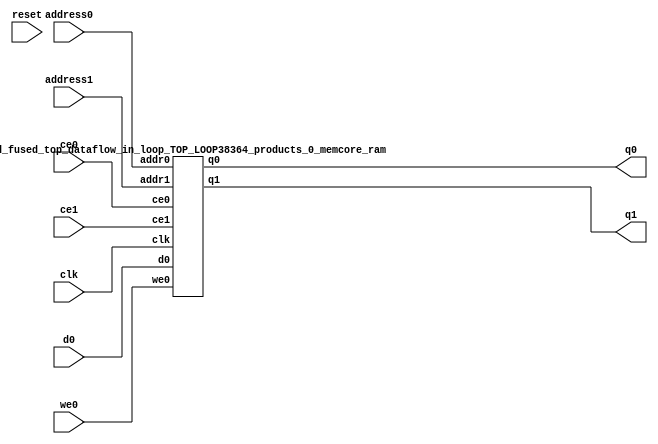
`define EXPONENT 5
`define MANTISSA 10
`define ACTUAL_MANTISSA 11
`define EXPONENT_LSB 10
`define EXPONENT_MSB 14
`define MANTISSA_LSB 0
`define MANTISSA_MSB 9
`define MANTISSA_MUL_SPLIT_LSB 3
`define MANTISSA_MUL_SPLIT_MSB 9
`define SIGN 1
`define SIGN_LOC 15
`define DWIDTH (`SIGN+`EXPONENT+`MANTISSA)
`define IEEE_COMPLIANCE 1

module td_fused_top_dataflow_in_loop_TOP_LOOP38364_products_0_memcore(
    reset,
    clk,
    address0,
    ce0,
    we0,
    d0,
    q0,
    address1,
    ce1,
    q1);

parameter DataWidth = 32'd16;
parameter AddressRange = 32'd576;
parameter AddressWidth = 32'd10;
input reset;
input clk;
input[AddressWidth - 1:0] address0;
input ce0;
input we0;
input[DataWidth - 1:0] d0;
output[DataWidth - 1:0] q0;
input[AddressWidth - 1:0] address1;
input ce1;
output[DataWidth - 1:0] q1;



td_fused_top_dataflow_in_loop_TOP_LOOP38364_products_0_memcore_ram td_fused_top_dataflow_in_loop_TOP_LOOP38364_products_0_memcore_ram_U(
    .clk( clk ),
    .addr0( address0 ),
    .ce0( ce0 ),
    .we0( we0 ),
    .d0( d0 ),
    .q0( q0 ),
    .addr1( address1 ),
    .ce1( ce1 ),
    .q1( q1 )
);

endmodule
module td_fused_top_dataflow_in_loop_TOP_LOOP38364_products_0_memcore_ram (addr0, ce0, d0, we0, q0, addr1, ce1, q1,  clk);

parameter DWIDTH = 16;
parameter AWIDTH = 10;
parameter MEM_SIZE = 576;

input[AWIDTH-1:0] addr0;
input ce0;
input[DWIDTH-1:0] d0;
input we0;
output reg[DWIDTH-1:0] q0;
input[AWIDTH-1:0] addr1;
input ce1;
output reg[DWIDTH-1:0] q1;
input clk;

reg [DWIDTH-1:0] ram[MEM_SIZE-1:0];




always @(posedge clk)  
begin 
    if (ce0) begin
        if (we0) 
            ram[addr0] <= d0; 
        q0 <= ram[addr0];
    end
end


always @(posedge clk)  
begin 
    if (ce1) begin
        q1 <= ram[addr1];
    end
end


endmodule